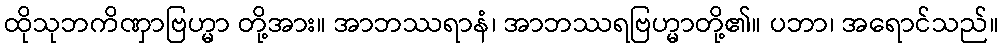
ထိုသုဘကိဏှာဗြဟ္မာ တို့အား။ အာဘဿရာနံ၊ အာဘဿရဗြဟ္မာတို့၏။ ပဘာ၊ အရောင်သည်။